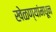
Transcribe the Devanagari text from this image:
खेळण्यांमधून